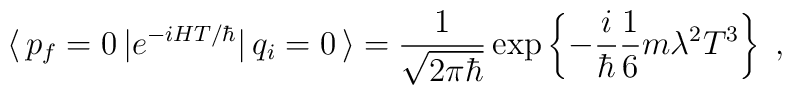
\langle \, p_f = 0 \, | e^{- i H T / \hbar} | \, q_i = 0 \, \rangle= \frac{1}{ \sqrt{ 2 \pi \hbar } } \exp \left \{ - \frac{i}{ \hbar }\frac{1}{6} m \lambda^2 T^3 \right \} \; ,